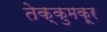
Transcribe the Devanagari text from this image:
तेक्कुमकूर